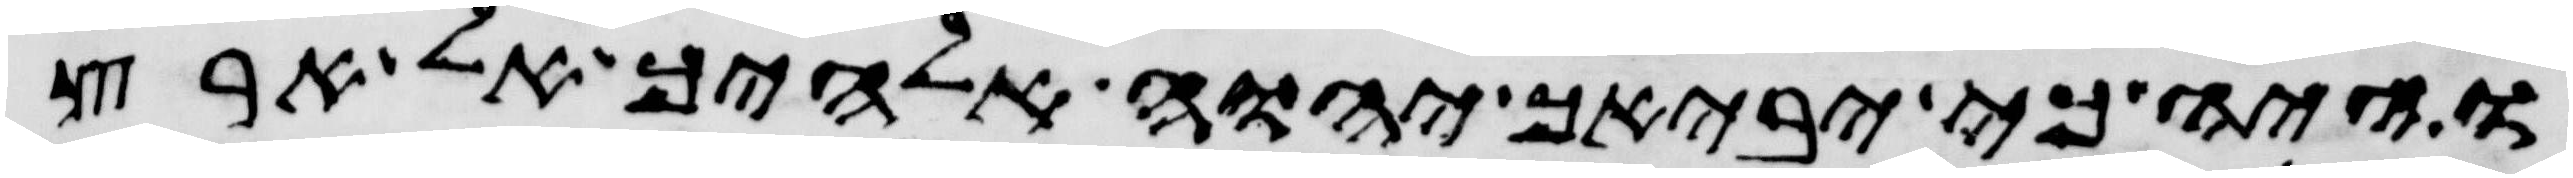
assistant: והיה כי יביאך יהוה אלהיך אל ארץ